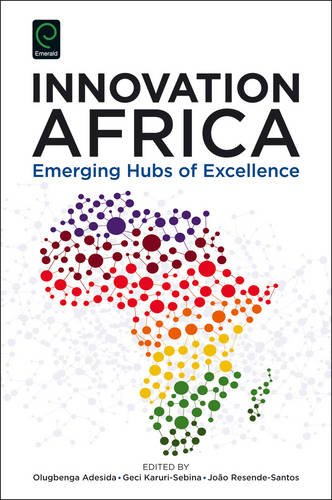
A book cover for Innovation Africa: Emerging Hubs of Excellence; Olugbenga Adesida; Business & Money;